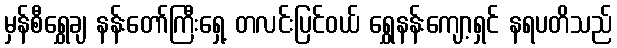
မှန်စီရွှေချ နန်းတော်ကြီးရှေ့ တလင်းပြင်ဝယ် ရွှေနန်းကျော့ရှင် နရပတိသည်